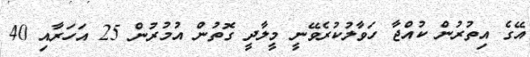
އޭގެ އިތުރުން ކުއްޖާ ހަވާލުކުރެވޭނީ މީލާދީ ގޮތުން އުމުރުން 25 އަހަރާއި 40